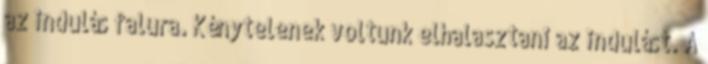
az indulás falura. Kénytelenek voltunk elhalasztani az indulást. A